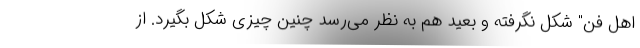
اهل فن" شکل نگرفته و بعید هم به نظر می‌رسد چنین چیزی شکل بگیرد. از